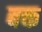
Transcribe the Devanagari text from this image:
बक्त